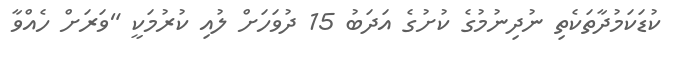
ކުޑަކަމުދާތަކެތި ނުދިނުމުގެ ކުށުގެ އަދަބު 15 ދުވަހަށް ލުއި ކުރުމަކީ "ވަރަށް ހެއްވާ